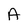
Character: A